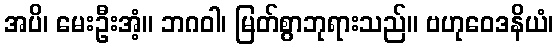
အပိ၊ မေးဦးအံ့။ ဘဂဝါ၊ မြတ်စွာဘုရားသည်။ ဗဟုဝေဒနိယံ၊